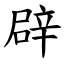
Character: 辟